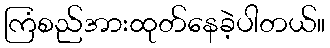
ကြံစည်အားထုတ်နေခဲ့ပါတယ်။